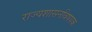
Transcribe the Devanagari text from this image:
राज्यशासनविषयक